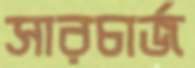
সারচার্জ